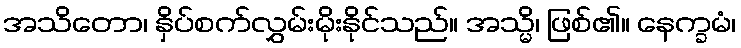
အသိတော၊ နှိပ်စက်လွှမ်းမိုးနိုင်သည်။ အသ္မိ၊ ဖြစ်၏။ နေက္ခမံ၊